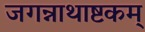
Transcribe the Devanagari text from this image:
जगन्नाथाष्टकम्